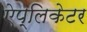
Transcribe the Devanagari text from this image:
ऐप्लिकेटर